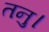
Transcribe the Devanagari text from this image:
तनु।